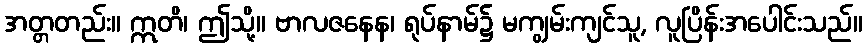
အတ္တတည်း။ ဣတိ၊ ဤသို့။ ဗာလဇနေန၊ ရုပ်နာမ်၌ မကျွမ်းကျင်သူ, လူပြိန်းအပေါင်းသည်။